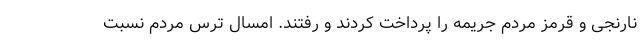
نارنجی و قرمز مردم جریمه را پرداخت کردند و رفتند. امسال ترس مردم نسبت